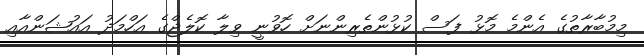
މިމުބާރާތުގެ އެންމެ މޮޅު ފަސް ކުޅުންތެރިންނަށް ހޮވުނީ ވިލާ ކޮލެޖްގެ އަހްމަދު އައުޝަންއާއި